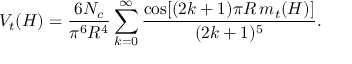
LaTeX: V _ { t } ( H ) = { \frac { 6 N _ { c } } { \pi ^ { 6 } R ^ { 4 } } } \sum _ { k = 0 } ^ { \infty } { \frac { \cos [ ( 2 k + 1 ) \pi R \, m _ { t } ( H ) ] } { ( 2 k + 1 ) ^ { 5 } } } .